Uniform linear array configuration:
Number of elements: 16
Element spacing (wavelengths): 1
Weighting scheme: kaiser
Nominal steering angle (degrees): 15
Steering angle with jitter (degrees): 16.296
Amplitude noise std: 0.05
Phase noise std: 0.05

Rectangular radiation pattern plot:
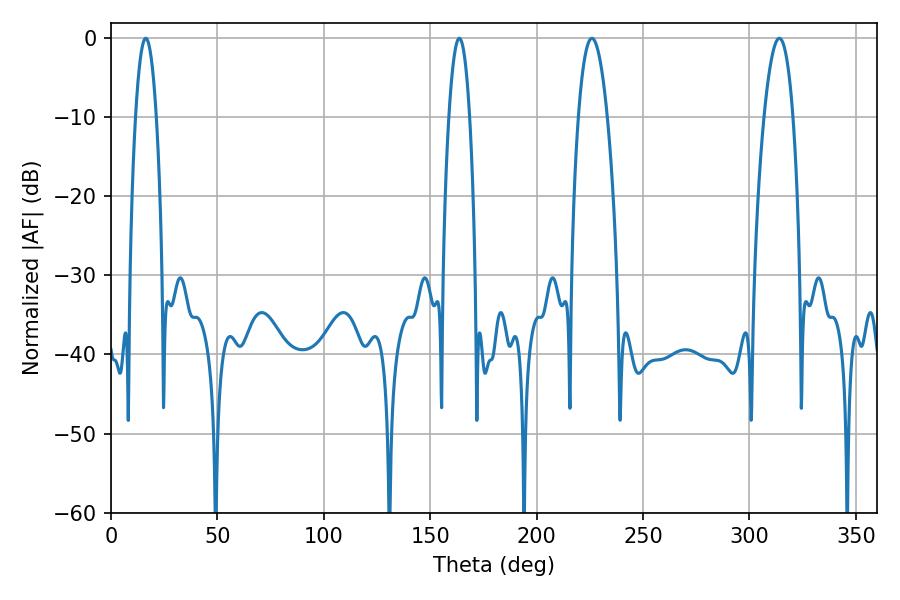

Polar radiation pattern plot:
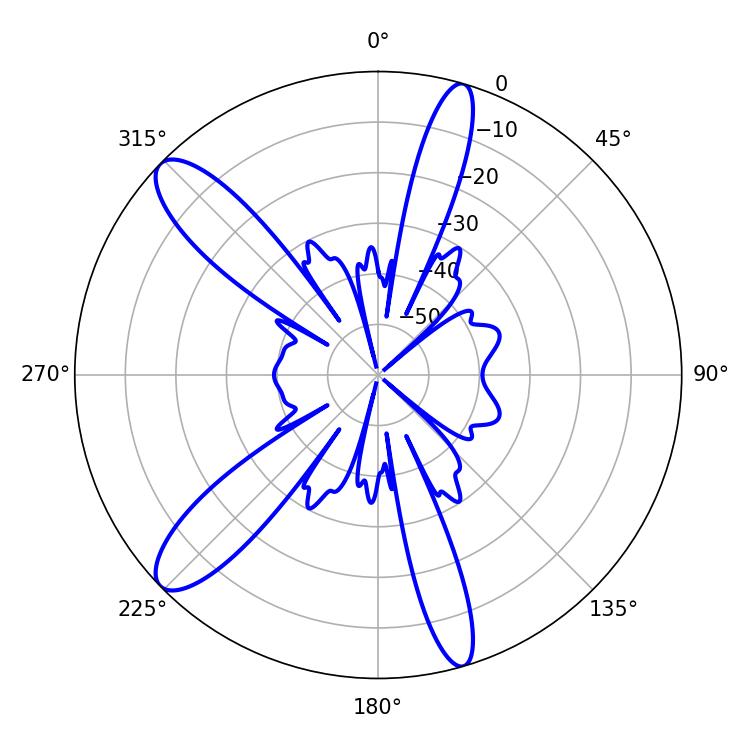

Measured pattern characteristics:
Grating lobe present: TRUE
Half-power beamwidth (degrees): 7.56
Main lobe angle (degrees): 225.9